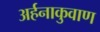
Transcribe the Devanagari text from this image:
अर्हनाकुवाण